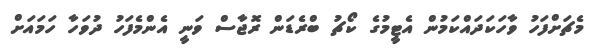
މެޗަށްފަހު ވާހަކަދައްކަމުން އެޓީމުގެ ކޯޗު ބްރެޑަން ރޮޖާސް ވަނީ އެންމެފަހު ދުވަހާ ހަމައަށް